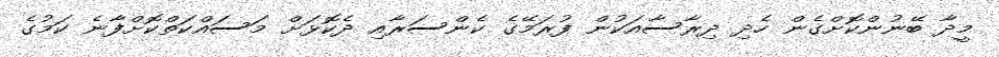
މީދާ ބޭނުންކޮށްގެން ހެދި ދިރާސާއަކުން ފުރަމޭގެ ކެންސަރާއި ދެކޮޅަށް މަސައްކަތްކޮށްފާނެ ކަމުގެ